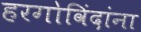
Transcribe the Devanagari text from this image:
हरगोविंदांना